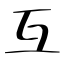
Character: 互